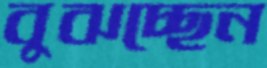
বুঝচ্ছেন